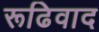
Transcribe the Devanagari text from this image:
रूढिवाद